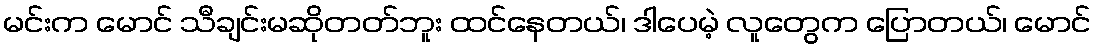
မင်းက မောင် သီချင်းမဆိုတတ်ဘူး ထင်နေတယ်၊ ဒါပေမဲ့ လူတွေက ပြောတယ်၊ မောင်